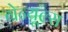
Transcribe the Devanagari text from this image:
ग्रेन्यूल्स